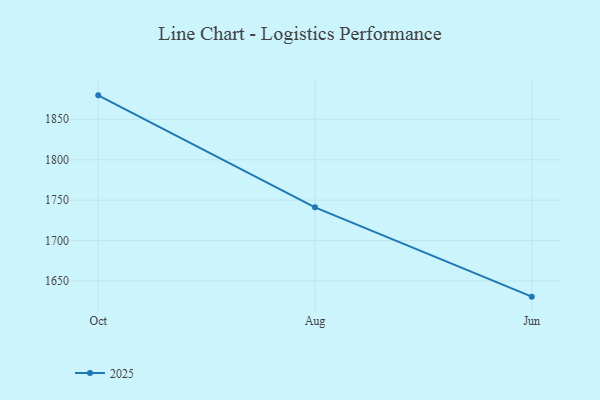
{"axis": {"x": "Month", "y": "Waste Production (Tons)"}, "legend": ["2025"], "data": [{"x": "Oct", "y": 1879.6, "type": "2025"}, {"x": "Aug", "y": 1741.1, "type": "2025"}, {"x": "Jun", "y": 1630.7, "type": "2025"}]}